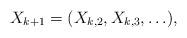
LaTeX: \begin{align*}X_{k+1} = (X_{k,2}, X_{k,3},\ldots),\end{align*}